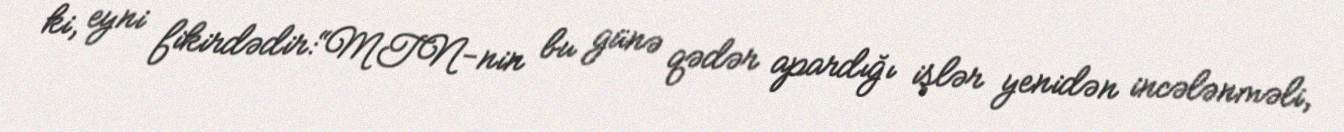
ki, eyni fikirdədir:“MTN-nin bu günə qədər apardığı işlər yenidən incələnməli,